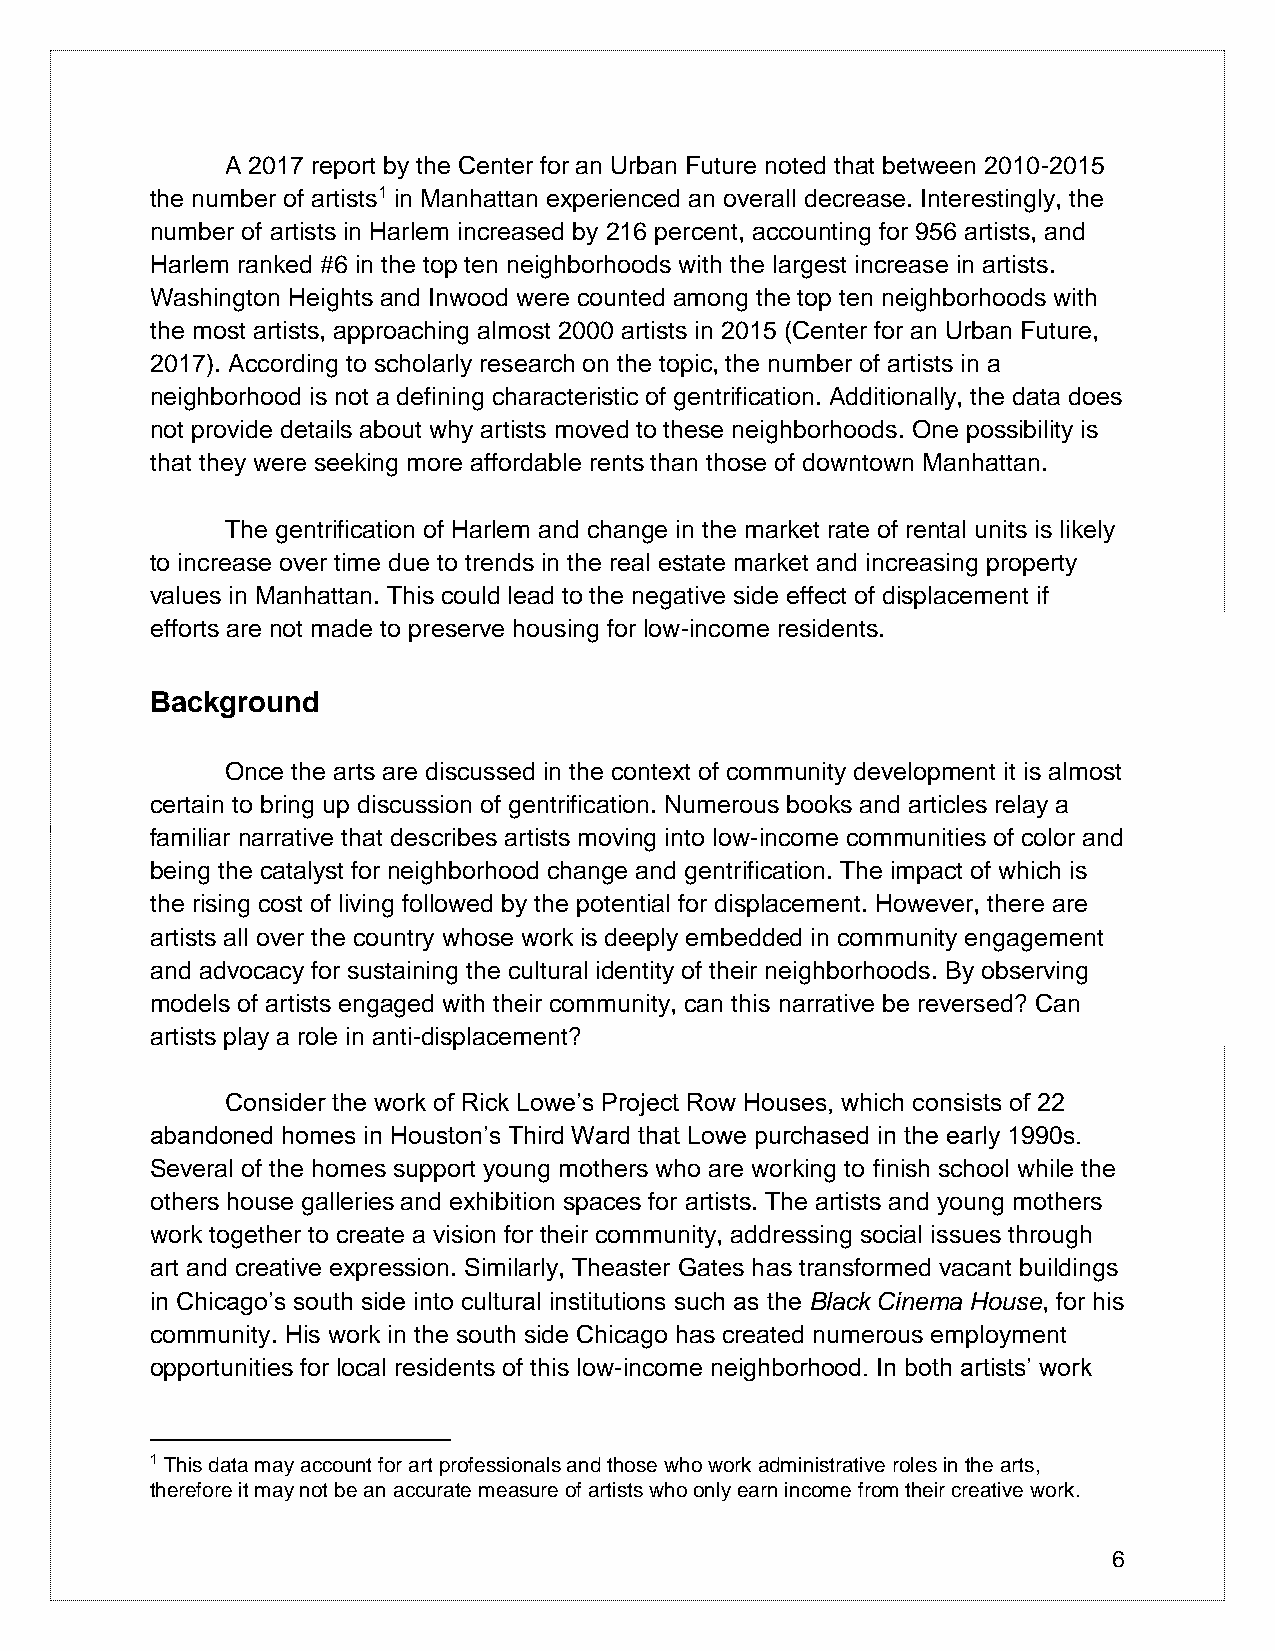
A 2017 report by the Center for an Urban Future noted that between 2010-2015
 the number of artists1 in Manhattan experienced an overall decrease. Interestingly, the
 number of artists in Harlem increased by 216 percent, accounting for 956 artists, and
 Harlem ranked #6 in the top ten neighborhoods with the largest increase in artists.
 Washington Heights and Inwood were counted among the top ten neighborhoods with
 the most artists, approaching almost 2000 artists in 2015 (Center for an Urban Future,
 2017). According to scholarly research on the topic, the number of artists in a
 neighborhood is not a defining characteristic of gentrification. Additionally, the data does
 not provide details about why artists moved to these neighborhoods. One possibility is
 that they were seeking more affordable rents than those of downtown Manhattan.
 The gentrification of Harlem and change in the market rate of rental units is likely
 to increase over time due to trends in the real estate market and increasing property
 values in Manhattan. This could lead to the negative side effect of displacement if
 efforts are not made to preserve housing for low-income residents.
 Background
 Once the arts are discussed in the context of community development it is almost
 certain to bring up discussion of gentrification. Numerous books and articles relay a
 familiar narrative that describes artists moving into low-income communities of color and
 being the catalyst for neighborhood change and gentrification. The impact of which is
 the rising cost of living followed by the potential for displacement. However, there are
 artists all over the country whose work is deeply embedded in community engagement
 and advocacy for sustaining the cultural identity of their neighborhoods. By observing
 models of artists engaged with their community, can this narrative be reversed? Can
 artists play a role in anti-displacement?
 Consider the work of Rick Lowe’s Project Row Houses, which consists of 22
 abandoned homes in Houston’s Third Ward that Lowe purchased in the early 1990s.
 Several of the homes support young mothers who are working to finish school while the
 others house galleries and exhibition spaces for artists. The artists and young mothers
 work together to create a vision for their community, addressing social issues through
 art and creative expression. Similarly, Theaster Gates has transformed vacant buildings
 in Chicago’s south side into cultural institutions such as the Black Cinema House, for his
 community. His work in the south side Chicago has created numerous employment
 opportunities for local residents of this low-income neighborhood. In both artists’ work
 1 This data may account for art professionals and those who work administrative roles in the arts,
 therefore it may not be an accurate measure of artists who only earn income from their creative work.
 6